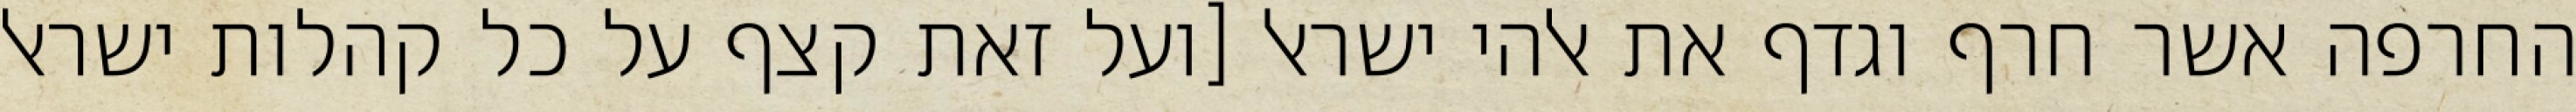
החרפה אשר חרף וגדף את אלהי ישראל [ועל זאת קצף על כל קהלות ישראל